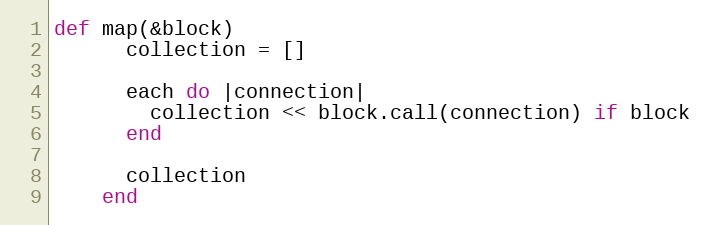
Language: Ruby
def map(&block)
      collection = []

      each do |connection|
        collection << block.call(connection) if block
      end

      collection
    end